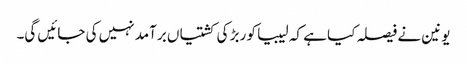
یونین نے فیصلہ کیا ہے کہ لیبیا کو ربڑ کی کشتیاں برآمد نہیں کی جائیں گی۔